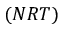
( N R T )